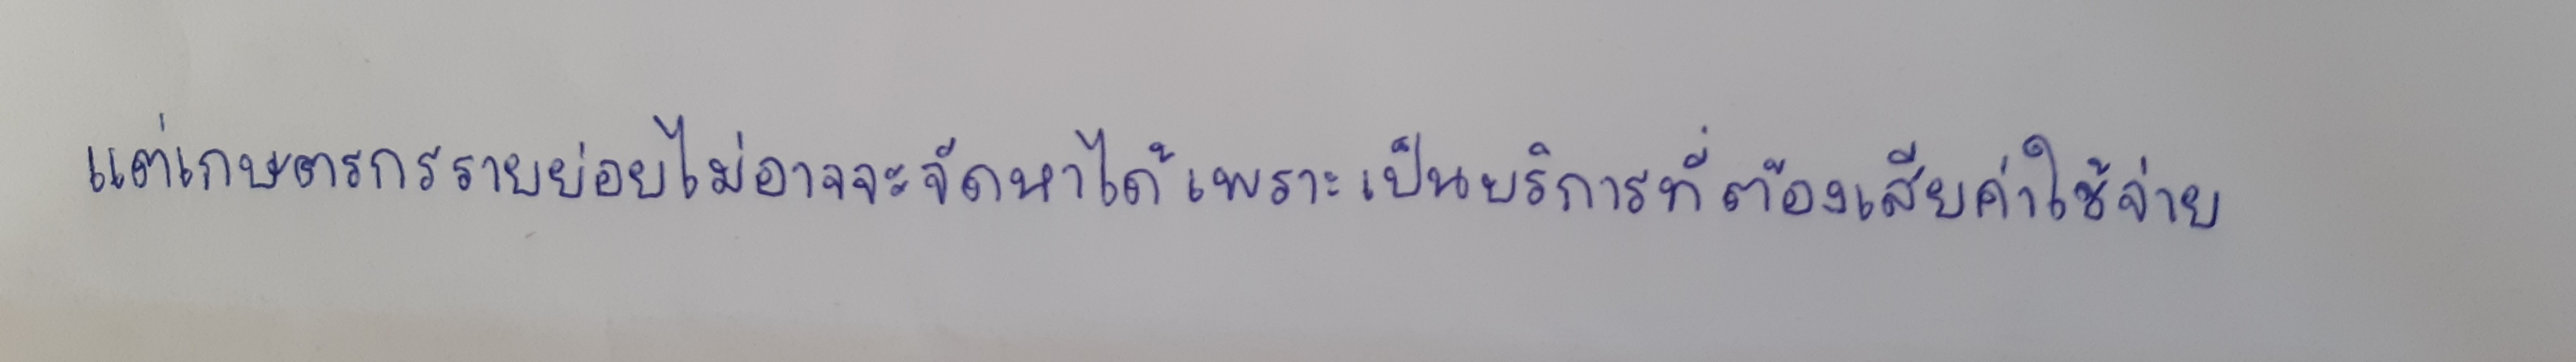
แต่เกษตรกรรายย่อยไม่อาจจะจัดหาได้เพราะเป็นบริการที่ต้องเสียค่าใช้จ่าย